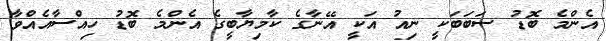
އެންމެ ބޮޑު ސަބަބަކީ ނިއު އަކީ އޭނާގެ ކާމިޔާބީގެ އެންމެ ބޮޑު ހިއްސާއެއްވާ